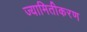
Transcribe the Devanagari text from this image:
ज्यामितीकरण